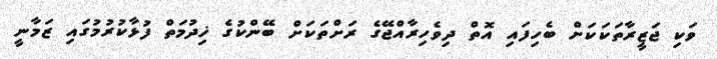
ވަކި ޖަޒީރާތަކަކަށް ބެހިފައި އޮތް ދިވެހިރާއްޖޭގެ ރަށްތަކަށް ބޭންކުގެ ޚިދުމަތް ފުޅާކުރުމުގައި ޒަމާނީ